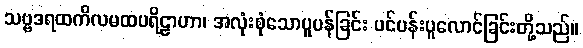
သဗ္ဗဒရထကိလမထပရိဠာဟာ၊ အလုံးစုံသောပူပန်ခြင်း ပင်ပန်းပူလောင်ခြင်းတို့သည်။